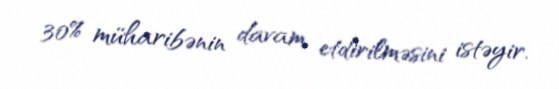
30% müharibənin davam etdirilməsini istəyir.